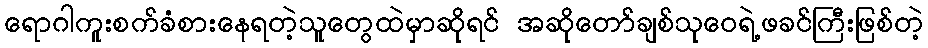
ရောဂါကူးစက်ခံစားနေရတဲ့သူတွေထဲမှာဆိုရင် အဆိုတော်ချစ်သုဝေရဲ့ဖခင်ကြီးဖြစ်တဲ့